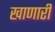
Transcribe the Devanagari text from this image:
खाणारी